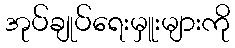
အုပ်ချုပ်ရေးမှူးများကို